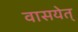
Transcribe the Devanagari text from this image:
वासयेत्